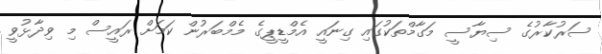
ސަރުކާރުގެ ސިޔާސީ މަގާމްތަކުގައި ގިނައީ އެމްޑީޕީގެ މެމްބަރުން ކަމަށް ރައީސް މި ވިދާޅުވީ